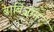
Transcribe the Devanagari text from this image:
बार्बिज़ॉन